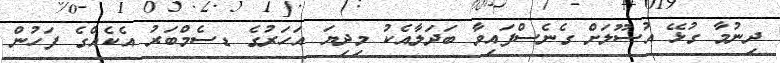
ދިނުމާ ގުޅޭ އުސޫލަށް ގެނެސްފައިވާ ބަދަލާއެކު މިދިޔަ އަހަރުގެ ޑސެމްބަރު އެކެއްގެ ފަހުން